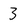
Character: 3